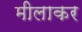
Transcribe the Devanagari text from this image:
मीलाकर